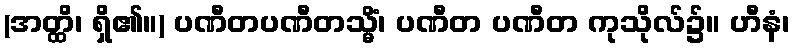
(အတ္ထိ၊ ရှိ၏။) ပဏီတပဏီတသ္မိံ၊ ပဏီတ ပဏီတ ကုသိုလ်၌။ ဟီနံ၊